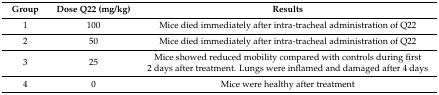
<table><thead><tr><td><b>Group</b></td><td><b>Dose Q22 (mg/kg)</b></td><td><b>Results</b></td></tr></thead><tbody><tr><td>1</td><td>100</td><td>Mice died immediately after intra-tracheal administration of Q22</td></tr><tr><td>2</td><td>50</td><td>Mice died immediately after intra-tracheal administration of Q22</td></tr><tr><td>3</td><td>25</td><td>Mice showed reduced mobility compared with controls during first 2 days after treatment. Lungs were inflamed and damaged after 4 days</td></tr><tr><td>4</td><td>0</td><td>Mice were healthy after treatment</td></tr></tbody></table>